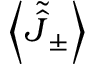
\left\langle \tilde { \hat { J } } _ { \pm } \right\rangle